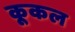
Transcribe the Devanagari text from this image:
कूकल